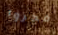
فجروا